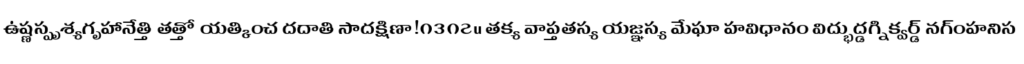
ఉష్ణస్పృశ్యగృహానేత్తి తత్తో యత్కించ దదాతి సాదక్షిణా!౧౩౧౭u తక్య వాప్తతస్య యజ్ఞస్య మేఘా హవిధానం విద్భుద్డగ్నిక్వర్డ్ నగ్ంహనిస